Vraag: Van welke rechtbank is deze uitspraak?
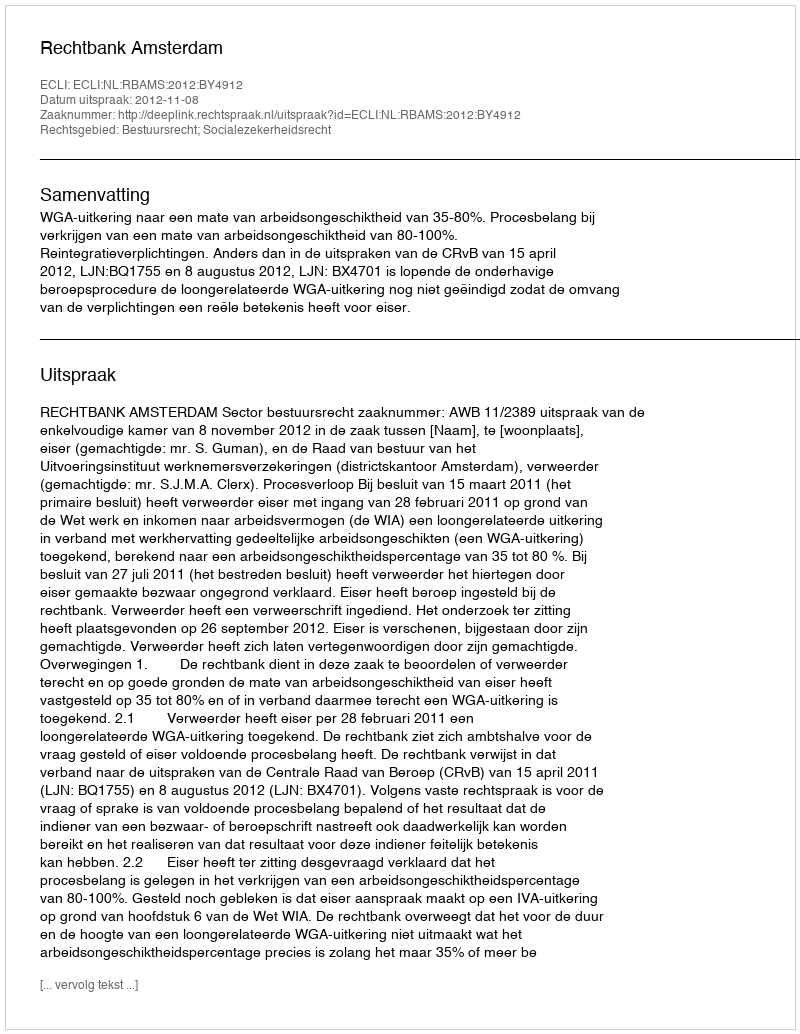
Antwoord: Rechtbank Amsterdam